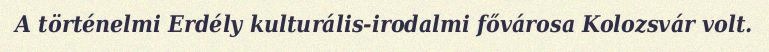
A történelmi Erdély kulturális-irodalmi fővárosa Kolozsvár volt.